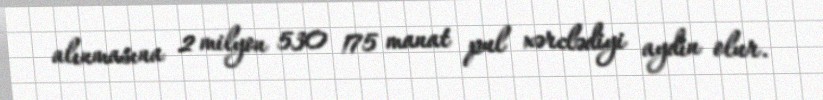
alınmasına 2 milyon 530 175 manat pul xərclədiyi aydın olur.